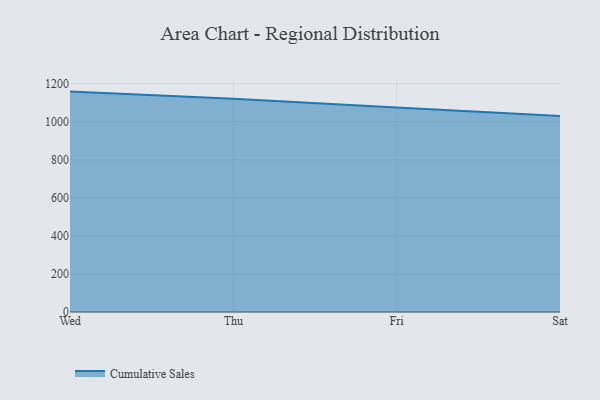
{"axis": {"x": "Day", "y": "Energy Usage (MWh)"}, "legend": ["Cumulative Sales"], "data": [{"x": "Wed", "y": 1158.3, "type": "Cumulative Sales"}, {"x": "Thu", "y": 1120.8, "type": "Cumulative Sales"}, {"x": "Fri", "y": 1074.2, "type": "Cumulative Sales"}, {"x": "Sat", "y": 1029.9, "type": "Cumulative Sales"}]}